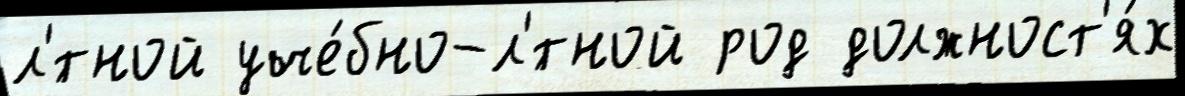
л'́тной уче́бно-л'́тной род должност'я́х